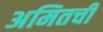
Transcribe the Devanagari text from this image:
अमितची